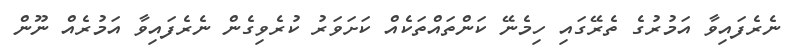
ނެރެފައިވާ އަމުރުގެ ތެރޭގައި ހިމެނޭ ކަންތައްތަކެއް ކަށަވަރު ކުރެވިގެން ނެރެފައިވާ އަމުރެއް ނޫން